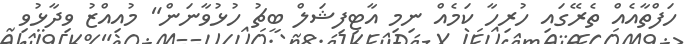
ހަފްތާއެއް ތެރޭގައި ހުރިހާ ކަމެއް ނިމި އާޓިފިޝަލް ބީޗު ހުޅުވާނަން" މުއިއްޒު ވިދާޅުވި